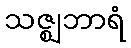
သဇ္ဈဘာရံ